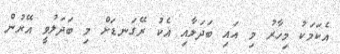
އެކަމަކު މިހާރު މި އައި ބަދަލާއި އެކު ރޭގަނޑަށް މި ބަދަލުވީ އޭރުން